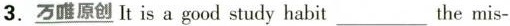
3.\underline{万唯原创}It is a good study habit ___ the mis-